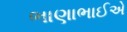
ભાણાભાઈએ